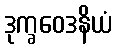
ဒုက္ခဝေဒနိယံ